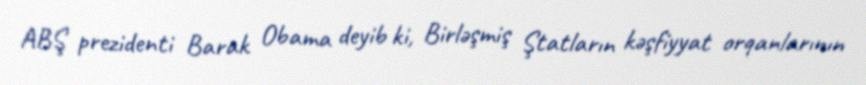
ABŞ prezidenti Barak Obama deyib ki, Birləşmiş Ştatların kəşfiyyat orqanlarının